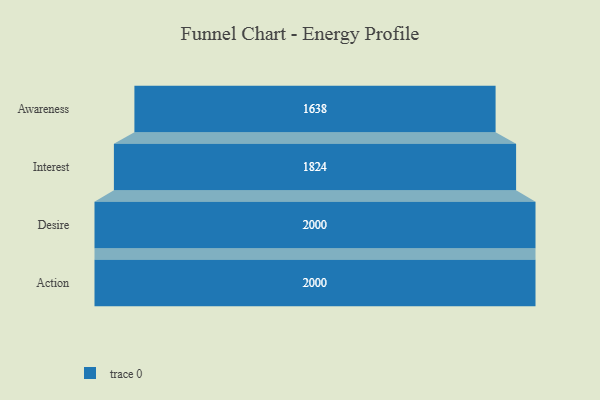
{"axis": {"x": "Stage", "y": "Value"}, "legend": [""], "data": [{"x": "Awareness", "y": 1638.0, "type": ""}, {"x": "Interest", "y": 1824.0, "type": ""}, {"x": "Desire", "y": 2000, "type": ""}, {"x": "Action", "y": 2000, "type": ""}]}